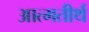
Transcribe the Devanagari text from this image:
आत्मतीर्थ